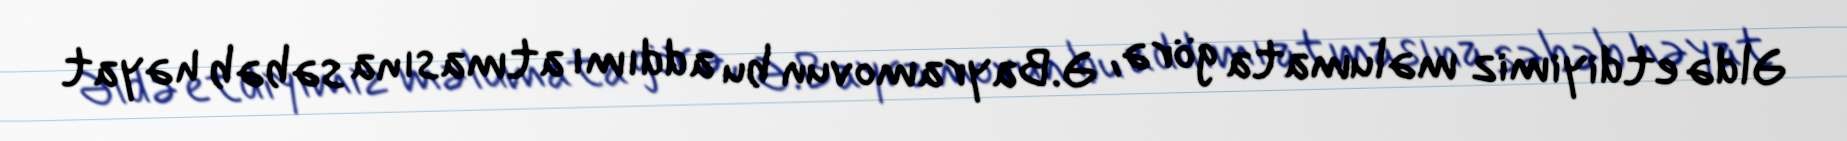
Əldə etdiyimiz məlumata görə, Ə.Bayramovun bu addımı atmasına səbəb həyat